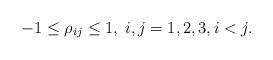
LaTeX: \begin{align*}-1 \leq \rho_{ij} \leq 1, \; i,j=1,2,3, i<j.\end{align*}